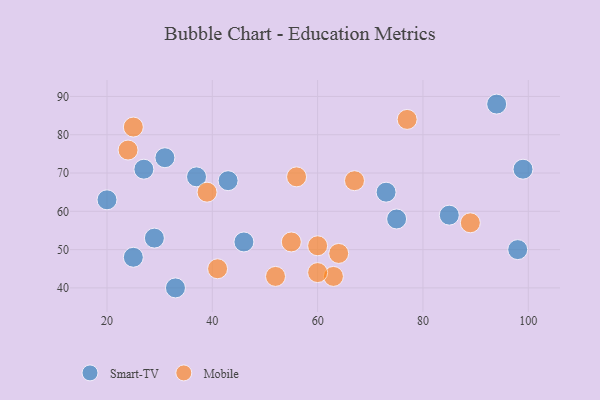
{"axis": {"x": "GDP", "y": "Life Expectancy"}, "legend": ["Mobile", "Smart-TV"], "data": [{"x": "27", "y": 71, "type": "Smart-TV"}, {"x": "31", "y": 74, "type": "Smart-TV"}, {"x": "29", "y": 53, "type": "Smart-TV"}, {"x": "25", "y": 48, "type": "Smart-TV"}, {"x": "99", "y": 71, "type": "Smart-TV"}, {"x": "20", "y": 63, "type": "Smart-TV"}, {"x": "94", "y": 88, "type": "Smart-TV"}, {"x": "75", "y": 58, "type": "Smart-TV"}, {"x": "85", "y": 59, "type": "Smart-TV"}, {"x": "33", "y": 40, "type": "Smart-TV"}, {"x": "43", "y": 68, "type": "Smart-TV"}, {"x": "37", "y": 69, "type": "Smart-TV"}, {"x": "46", "y": 52, "type": "Smart-TV"}, {"x": "73", "y": 65, "type": "Smart-TV"}, {"x": "98", "y": 50, "type": "Smart-TV"}, {"x": "56", "y": 69, "type": "Mobile"}, {"x": "77", "y": 84, "type": "Mobile"}, {"x": "60", "y": 51, "type": "Mobile"}, {"x": "64", "y": 49, "type": "Mobile"}, {"x": "55", "y": 52, "type": "Mobile"}, {"x": "25", "y": 82, "type": "Mobile"}, {"x": "63", "y": 43, "type": "Mobile"}, {"x": "67", "y": 68, "type": "Mobile"}, {"x": "89", "y": 57, "type": "Mobile"}, {"x": "41", "y": 45, "type": "Mobile"}, {"x": "39", "y": 65, "type": "Mobile"}, {"x": "52", "y": 43, "type": "Mobile"}, {"x": "24", "y": 76, "type": "Mobile"}, {"x": "60", "y": 44, "type": "Mobile"}]}